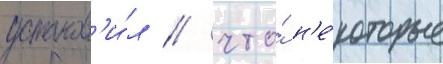
установ'и́л / что́ н'е́которые